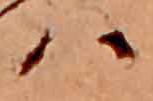
ハ